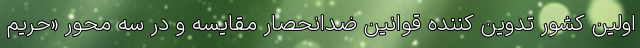
اولین کشور تدوین کننده قوانین ضدانحصار مقایسه و در سه محور «حریم